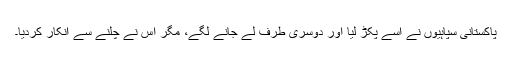
پاکستانی سپاہیوں نے اُسے پکڑ لیا اور دوسری طرف لے جانے لگے، مگر اس نے چلنے سے انکار کردیا۔